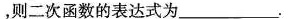
，则二次函数的表达式为___.